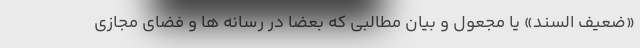
«ضعیف السند» یا مجعول و بیان مطالبی که بعضا در رسانه ها و فضای مجازی